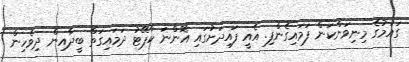
ގައުމުގެ މިނިވަންކަން ފަމައިގެންފި. އެއީ ފައިދަށުގައި އޮންނަ ކާޕޭޓު ދަމައިގަތް ބީދާއިން ދިވެހިން